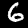
Digit: 6